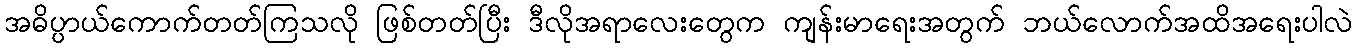
အဓိပ္ပာယ်ကောက်တတ်ကြသလို ဖြစ်တတ်ပြီး ဒီလိုအရာလေးတွေက ကျန်းမာရေးအတွက် ဘယ်လောက်အထိအရေးပါလဲ